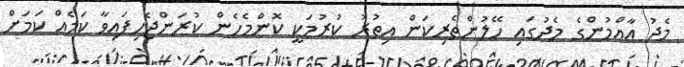
މެދު އާއްމުންގެ މެދުގައި ހޭލުންތެރިކަން އިތުރު ކުރުމަކީ ކޮންމެހެން ކުރަންޖެހިފައިވާ ކަމެއް ކަމަށް